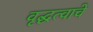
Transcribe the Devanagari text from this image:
वृद्धत्वाचे